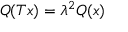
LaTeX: Q ( T x ) = \lambda ^ { 2 } Q ( x )